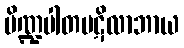
ပိဏ္ဍပါတပဋိလာဘာယ